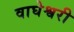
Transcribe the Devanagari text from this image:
वाघेश्वरी